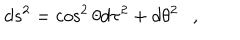
LaTeX: d s ^ { 2 } = \cos ^ { 2 } \theta d \tau ^ { 2 } + d \theta ^ { 2 } ,